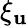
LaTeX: \xi_{\mathbf{u}}